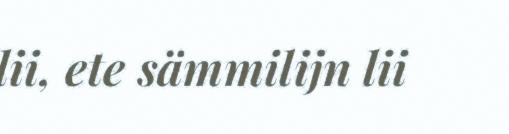
lii, ete sämmilijn lii